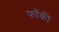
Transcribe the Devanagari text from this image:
फाँकी